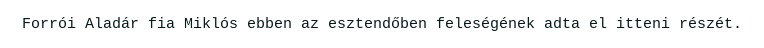
Forrói Aladár fia Miklós ebben az esztendőben feleségének adta el itteni részét.